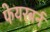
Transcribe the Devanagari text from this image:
फेयरबर्न